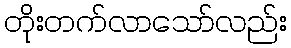
တိုးတက်လာသော်လည်း